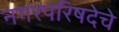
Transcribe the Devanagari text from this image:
नगरपरिषदेचे